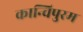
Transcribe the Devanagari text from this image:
कान्चिपुरम